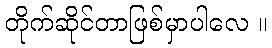
တိုက်ဆိုင်တာဖြစ်မှာပါလေ ။